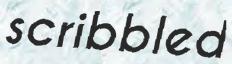
scribbled